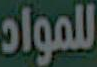
للمواد